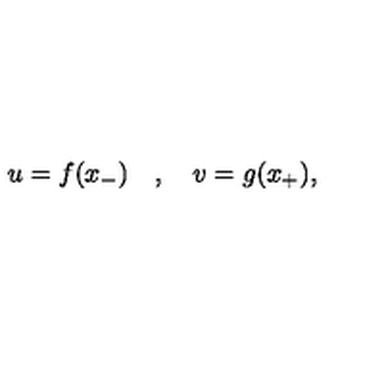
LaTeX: u = f ( x _ { - } ) \quad , \quad v = g ( x _ { + } ) ,